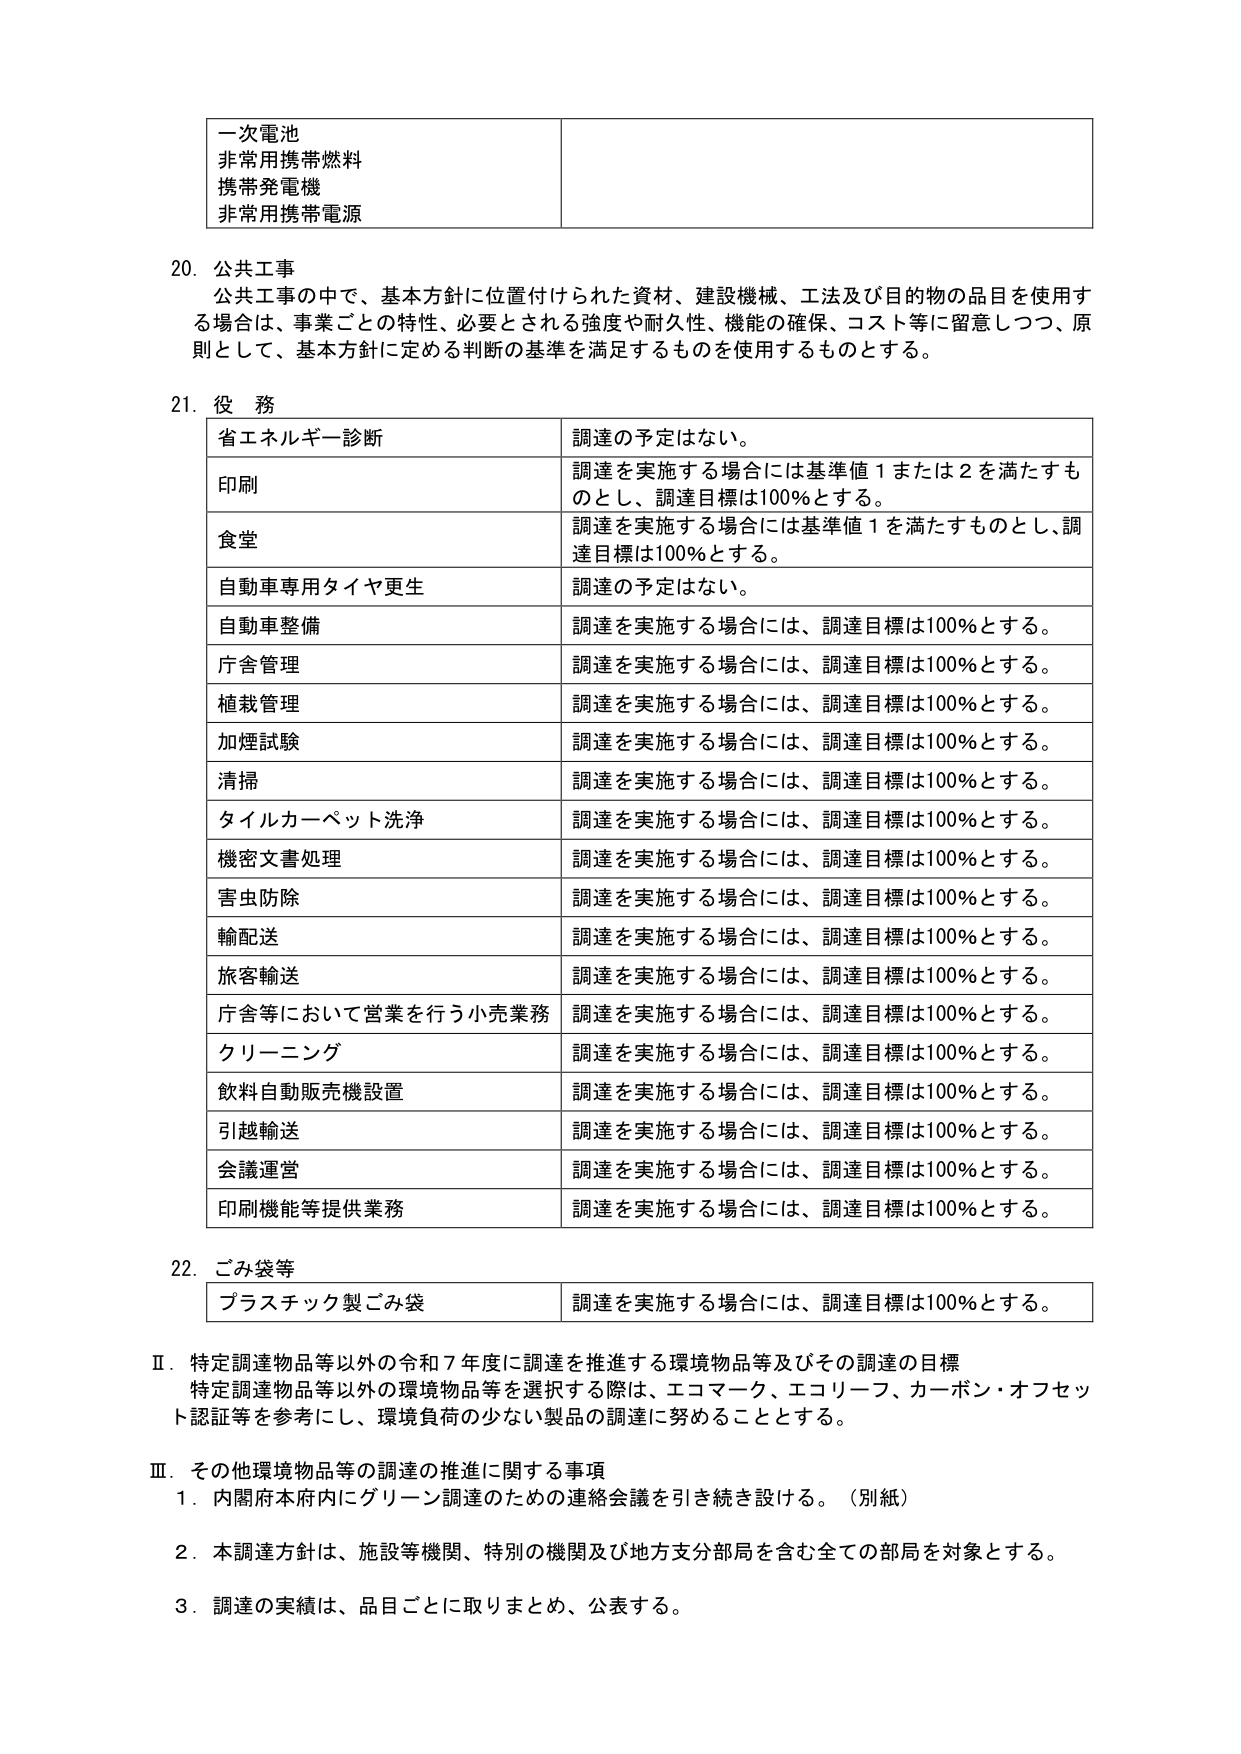
一次電池
非常用携帯燃料
携帯発電機
非常用携帯電源

20. 公共工事
公共工事の中で、基本方針に位置付けられた資材、建設機械、工法及び目的物の品目を使用する場合は、事業ごとの特性、必要とされる強度や耐久性、機能の確保、コスト等に留意しつつ、原則として、基本方針に定める判断の基準を満足するものを使用するものとする。

21. 役務
省エネルギー診断　調達の予定はない。
印刷　調達を実施する場合には基準値1または2を満たすものとし、調達目標は100％とする。
食堂　調達を実施する場合には基準値1を満たすものとし、調達目標は100％とする。
自動車専用タイヤ更生　調達の予定はない。
自動車整備　調達を実施する場合には、調達目標は100％とする。
庁舎管理　調達を実施する場合には、調達目標は100％とする。
植栽管理　調達を実施する場合には、調達目標は100％とする。
加煙試験　調達を実施する場合には、調達目標は100％とする。
清掃　調達を実施する場合には、調達目標は100％とする。
タイルカーペット洗浄　調達を実施する場合には、調達目標は100％とする。
機密文書処理　調達を実施する場合には、調達目標は100％とする。
害虫防除　調達を実施する場合には、調達目標は100％とする。
輸配送　調達を実施する場合には、調達目標は100％とする。
旅客輸送　調達を実施する場合には、調達目標は100％とする。
庁舎等において営業を行う小売業務　調達を実施する場合には、調達目標は100％とする。
クリーニング　調達を実施する場合には、調達目標は100％とする。
飲料自動販売機設置　調達を実施する場合には、調達目標は100％とする。
引越輸送　調達を実施する場合には、調達目標は100％とする。
会議運営　調達を実施する場合には、調達目標は100％とする。
印刷機能等提供業務　調達を実施する場合には、調達目標は100％とする。

22. ごみ袋等
プラスチック製ごみ袋　調達を実施する場合には、調達目標は100％とする。

Ⅱ．特定調達物品等以外の令和7年度に調達を推進する環境物品等及びその調達の目標
特定調達物品等以外の環境物品等を選択する際は、エコマーク、エコリーフ、カーボン・オフセット認証等を参考にし、環境負荷の少ない製品の調達に努めることとする。

Ⅲ．その他環境物品等の調達の推進に関する事項
1．内閣府本府内にグリーン調達のための連絡会議を引き続き設ける。（別紙）
2．本調達方針は、施設等機関、特別の機関及び地方支分部局を含む全ての部局を対象とする。
3．調達の実績は、品目ごとに取りまとめ、公表する。